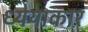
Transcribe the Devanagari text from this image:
ध्येयाकार